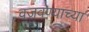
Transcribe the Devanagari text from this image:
वजवण्याच्या